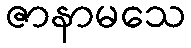
ဇာနာမသေ